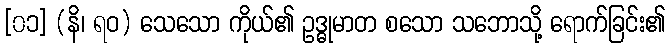
[၀၁] (နိ၊ ရဝ) သေသော ကိုယ်၏ ဥဒ္ဓုမာတ စသော သဘောသို့ ရောက်ခြင်း၏